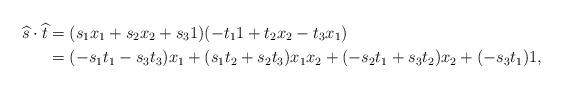
LaTeX: \begin{align*}\widehat{s} \cdot \widehat{t}&=(s_1x_1 + s_2 x_2 + s_3 1)(-t_1 1 + t_2 x_2 - t_3 x_1)\\&=(-s_1t_1 -s_3t_3) x_1 + (s_1t_2+s_2t_3)x_1x_2 + (-s_2t_1+s_3t_2)x_2 + (-s_3t_1) 1,\end{align*}